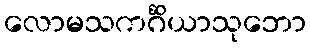
လောမသကင်္ဂိယာသုဘော